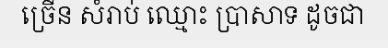
ច្រើន សំរាប់ ឈ្មោះ ប្រាសាទ ដូចជា